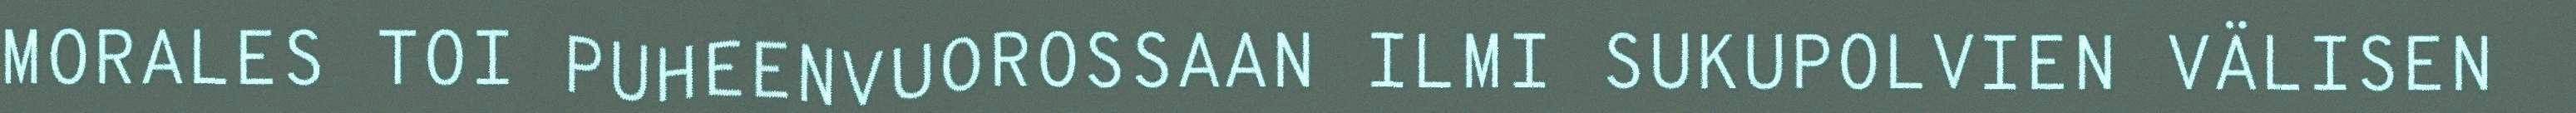
MORALES TOI PUHEENVUOROSSAAN ILMI SUKUPOLVIEN VÄLISEN